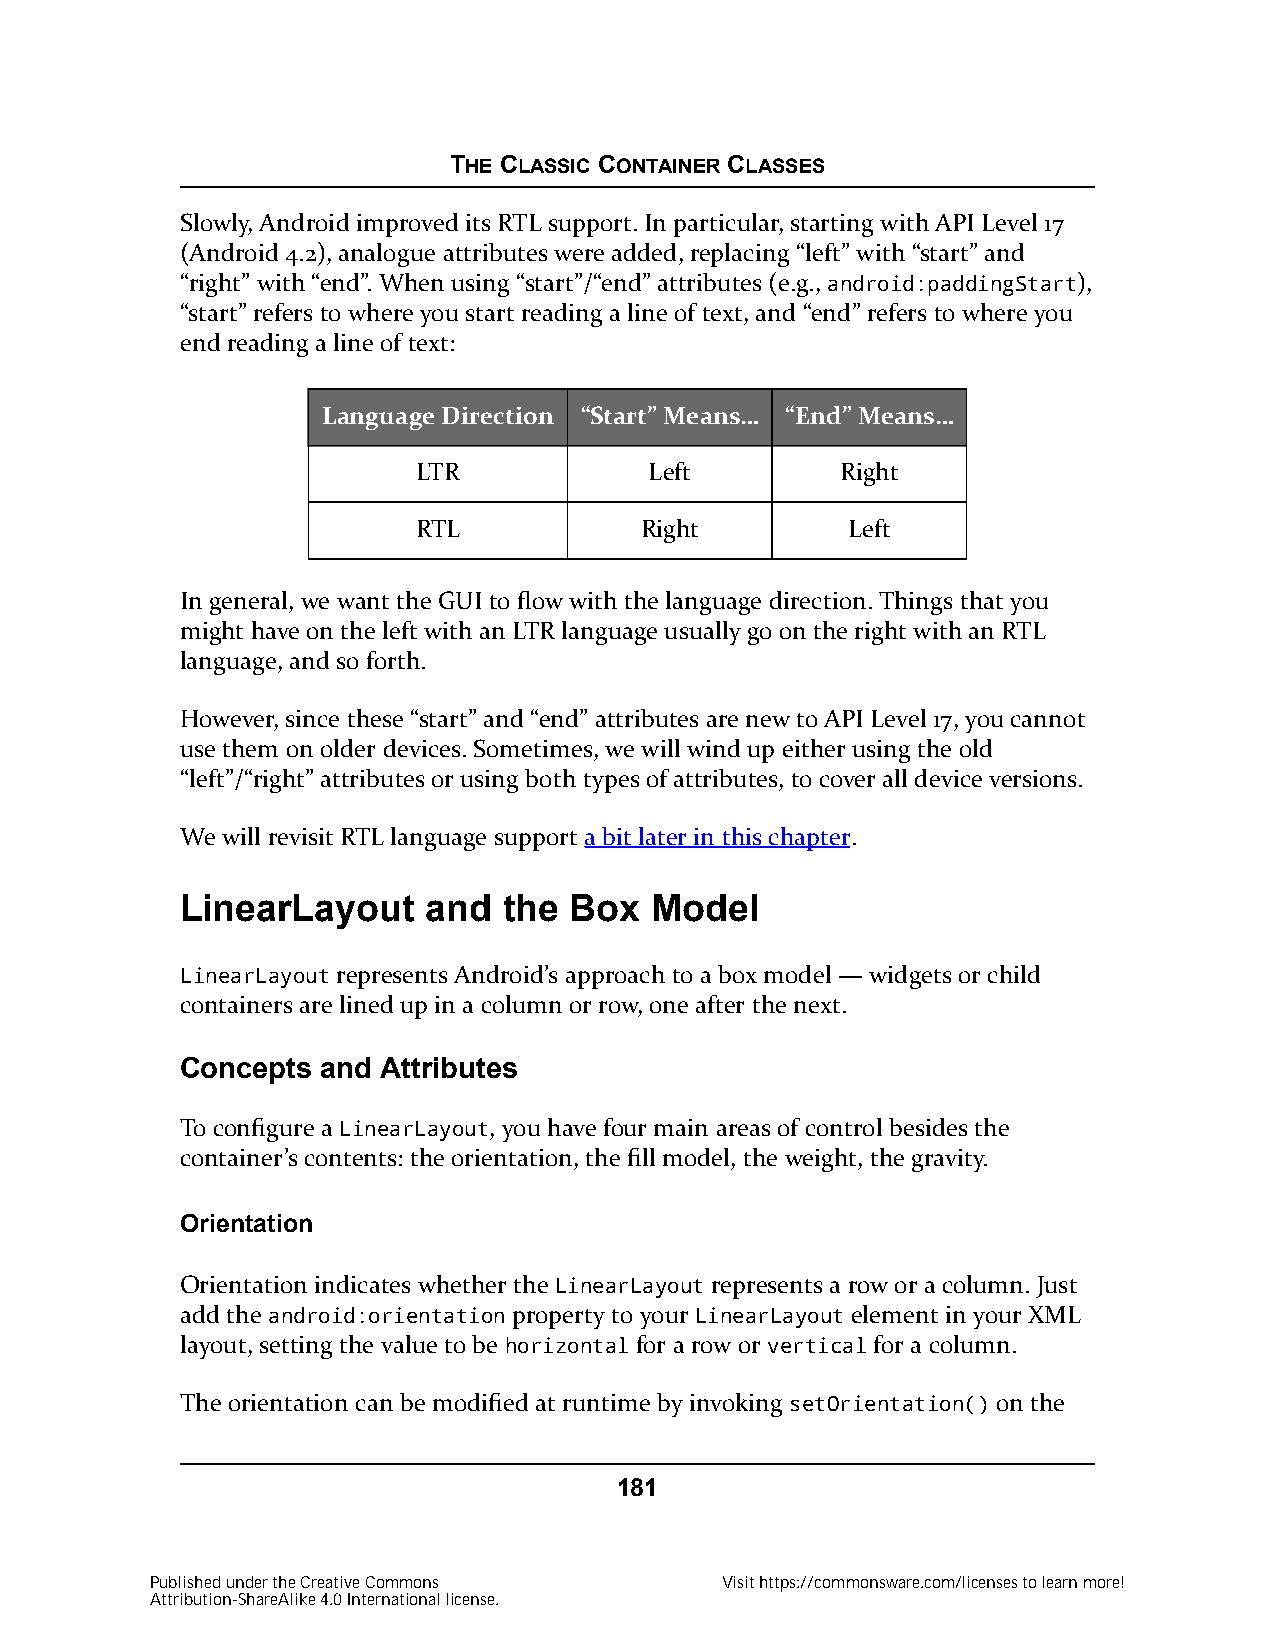
THE CLASSIC CONTAINER CLASSES
 Slowly, Android improved its RTL support. In particular, starting with API Level 17
 (Android 4.2), analogue attributes were added, replacing “left” with “start” and
 “right” with “end”. When using “start”/“end” attributes (e.g., android:paddingStart),
 “start” refers to where you start reading a line of text, and “end” refers to where you
 end reading a line of text:
 Language Direction “Start” Means… “End” Means…
 LTR            Left         Right
 RTL           Right         Left
 In general, we want the GUI to flow with the language direction. Things that you
 might have on the left with an LTR language usually go on the right with an RTL
 language, and so forth.
 However, since these “start” and “end” attributes are new to API Level 17, you cannot
 use them on older devices. Sometimes, we will wind up either using the old
 “left”/“right” attributes or using both types of attributes, to cover all device versions.
 We will revisit RTL language support a bit later in this chapter.
 LinearLayout    and  the  Box  Model
 LinearLayout represents Android’s approach to a box model — widgets or child
 containers are lined up in a column or row, one after the next.
 Concepts and Attributes
 To configure a LinearLayout, you have four main areas of control besides the
 container’s contents: the orientation, the fill model, the weight, the gravity.
 Orientation
 Orientation indicates whether the LinearLayout represents a row or a column. Just
 add the android:orientation property to your LinearLayout element in your XML
 layout, setting the value to be horizontal for a row or vertical for a column.
 The orientation can be modified at runtime by invoking setOrientation() on the
 181
 Published under the Creative Commons  Visit https://commonsware.com/licenses to learn more!
 Attribution-ShareAlike 4.0 International license.